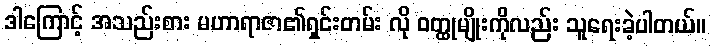
ဒါကြောင့် အသည်းစား မဟာရာဇာ၏ရှင်းတမ်း လို ဝတ္ထုမျိုးကိုလည်း သူရေးခဲ့ပါတယ်။